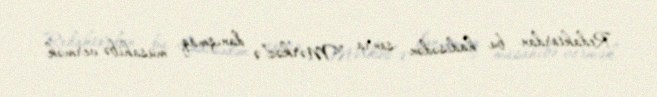
Redaktordan bu hadisədən sonra “Mərkəz”ə danışmaq, müsahibə vermək